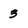
Character: 3